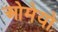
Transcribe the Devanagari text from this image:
ओमेयो